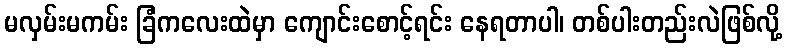
မလှမ်းမကမ်း ခြံကလေးထဲမှာ ကျောင်းစောင့်ရင်း နေရတာပါ၊ တစ်ပါးတည်းလဲဖြစ်လို့